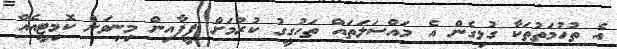
އެ ތުހުމަތުތަކާ ގުޅިގެން އެ މައްސަލަތައް ތަހުގީގު ކުރުމަށް ފީފާއިން މިނިވަން ކޮމިޓީއެއް